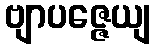
ဗျာပဇ္ဇေယျ